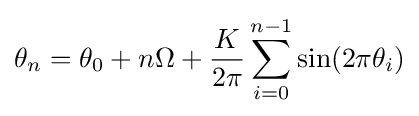
\theta _{n}=\theta _{0}+n\Omega +{\frac {K}{2\pi }}\sum _{i=0}^{n-1}\sin(2\pi \theta _{i})